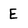
Character: E